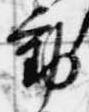
動